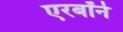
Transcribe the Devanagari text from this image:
एरबॉर्न